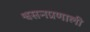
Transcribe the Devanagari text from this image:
श्वसनप्रणाली